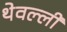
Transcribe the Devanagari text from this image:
थेवल्ली